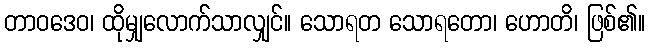
တာဝဒေဝ၊ ထိုမျှလောက်သာလျှင်။ သောရတ သောရတော၊ ဟောတိ၊ ဖြစ်၏။